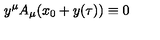
y ^ { \mu } A _ { \mu } ( x _ { 0 } + y ( \tau ) ) \equiv 0